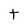
Character: t